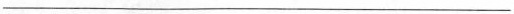
___